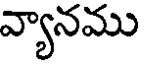
వ్యానము